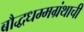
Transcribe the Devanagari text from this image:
बौद्धधम्मग्रंथाची